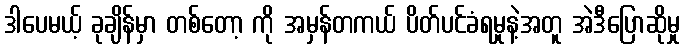
ဒါပေမယ့် ခုချိန်မှာ တစ်တော့ ကို အမှန်တကယ် ပိတ်ပင်ခံရမှုနဲ့အတူ အဲဒီပြောဆိုမှု